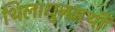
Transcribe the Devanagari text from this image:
थिलाधुनमथी